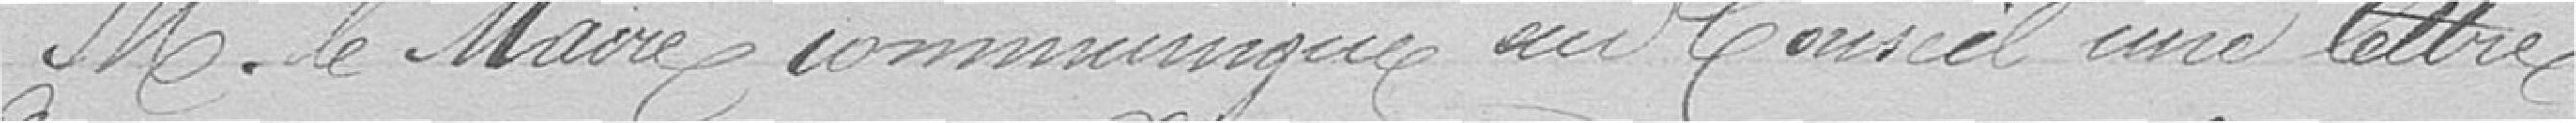
Monsieur le Maire communique au Conseil une lettre